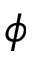
\phi